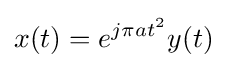
x(t)=e^{j\pi at^{2}}y(t)